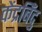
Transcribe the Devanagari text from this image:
केंद्रबिँदु